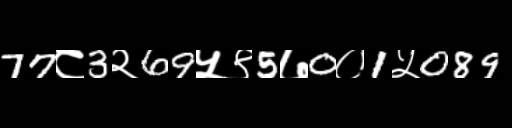
Text: 77८3२69५९5७0०1५089